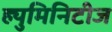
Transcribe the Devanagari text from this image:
ह्युमिनिटीज